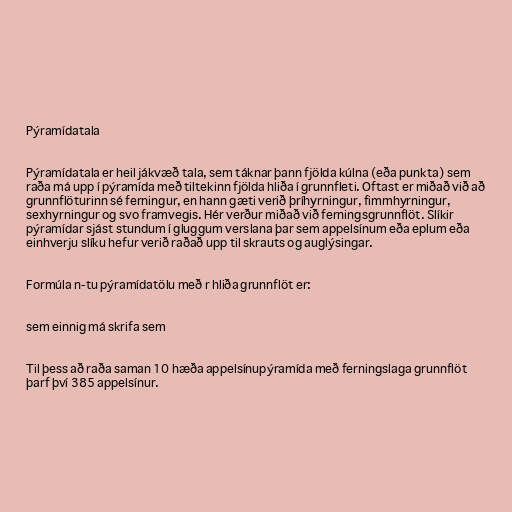
Pýramídatala

Pýramídatala er heil jákvæð tala, sem táknar þann fjölda kúlna (eða punkta) sem
raða má upp í pýramída með tiltekinn fjölda hliða í grunnfleti. Oftast er miðað við að
grunnflöturinn sé ferningur, en hann gæti verið þríhyrningur, fimmhyrningur,
sexhyrningur og svo framvegis. Hér verður miðað við ferningsgrunnflöt. Slíkir
pýramídar sjást stundum í gluggum verslana þar sem appelsínum eða eplum eða
einhverju slíku hefur verið raðað upp til skrauts og auglýsingar.

Formúla n-tu pýramídatölu með r hliða grunnflöt er:

sem einnig má skrifa sem

Til þess að raða saman 10 hæða appelsínupýramída með ferningslaga grunnflöt
þarf því 385 appelsínur.